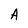
Character: A